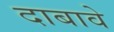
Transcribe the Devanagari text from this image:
दाबावे